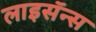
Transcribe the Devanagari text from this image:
लाइसॅन्स